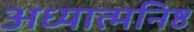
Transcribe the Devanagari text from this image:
अध्यात्मनिष्ठ